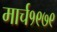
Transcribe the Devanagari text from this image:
मार्च१९७९